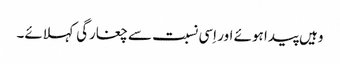
وہیں پیدا ہوئے اور اِسی نسبت سے چغارگی کہلائے۔